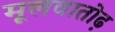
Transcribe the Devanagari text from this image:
मूलवातोढ़